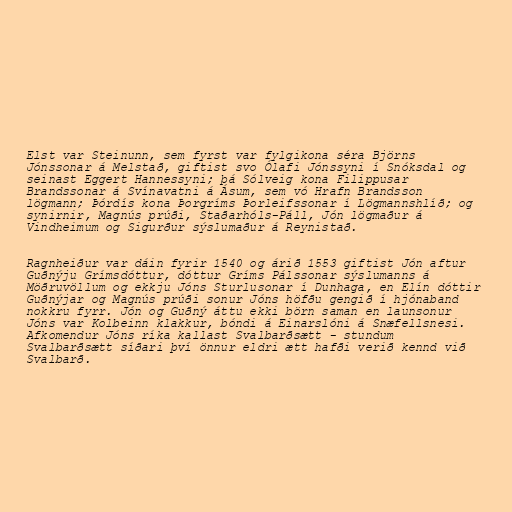
Elst var Steinunn, sem fyrst var fylgikona séra Björns
Jónssonar á Melstað, giftist svo Ólafi Jónssyni í Snóksdal og
seinast Eggert Hannessyni; þá Sólveig kona Filippusar
Brandssonar á Svínavatni á Ásum, sem vó Hrafn Brandsson
lögmann; Þórdís kona Þorgríms Þorleifssonar í Lögmannshlíð; og
synirnir, Magnús prúði, Staðarhóls-Páll, Jón lögmaður á
Vindheimum og Sigurður sýslumaður á Reynistað.

Ragnheiður var dáin fyrir 1540 og árið 1553 giftist Jón aftur
Guðnýju Grímsdóttur, dóttur Gríms Pálssonar sýslumanns á
Möðruvöllum og ekkju Jóns Sturlusonar í Dunhaga, en Elín dóttir
Guðnýjar og Magnús prúði sonur Jóns höfðu gengið í hjónaband
nokkru fyrr. Jón og Guðný áttu ekki börn saman en launsonur
Jóns var Kolbeinn klakkur, bóndi á Einarslóni á Snæfellsnesi.
Afkomendur Jóns ríka kallast Svalbarðsætt - stundum
Svalbarðsætt síðari því önnur eldri ætt hafði verið kennd við
Svalbarð.